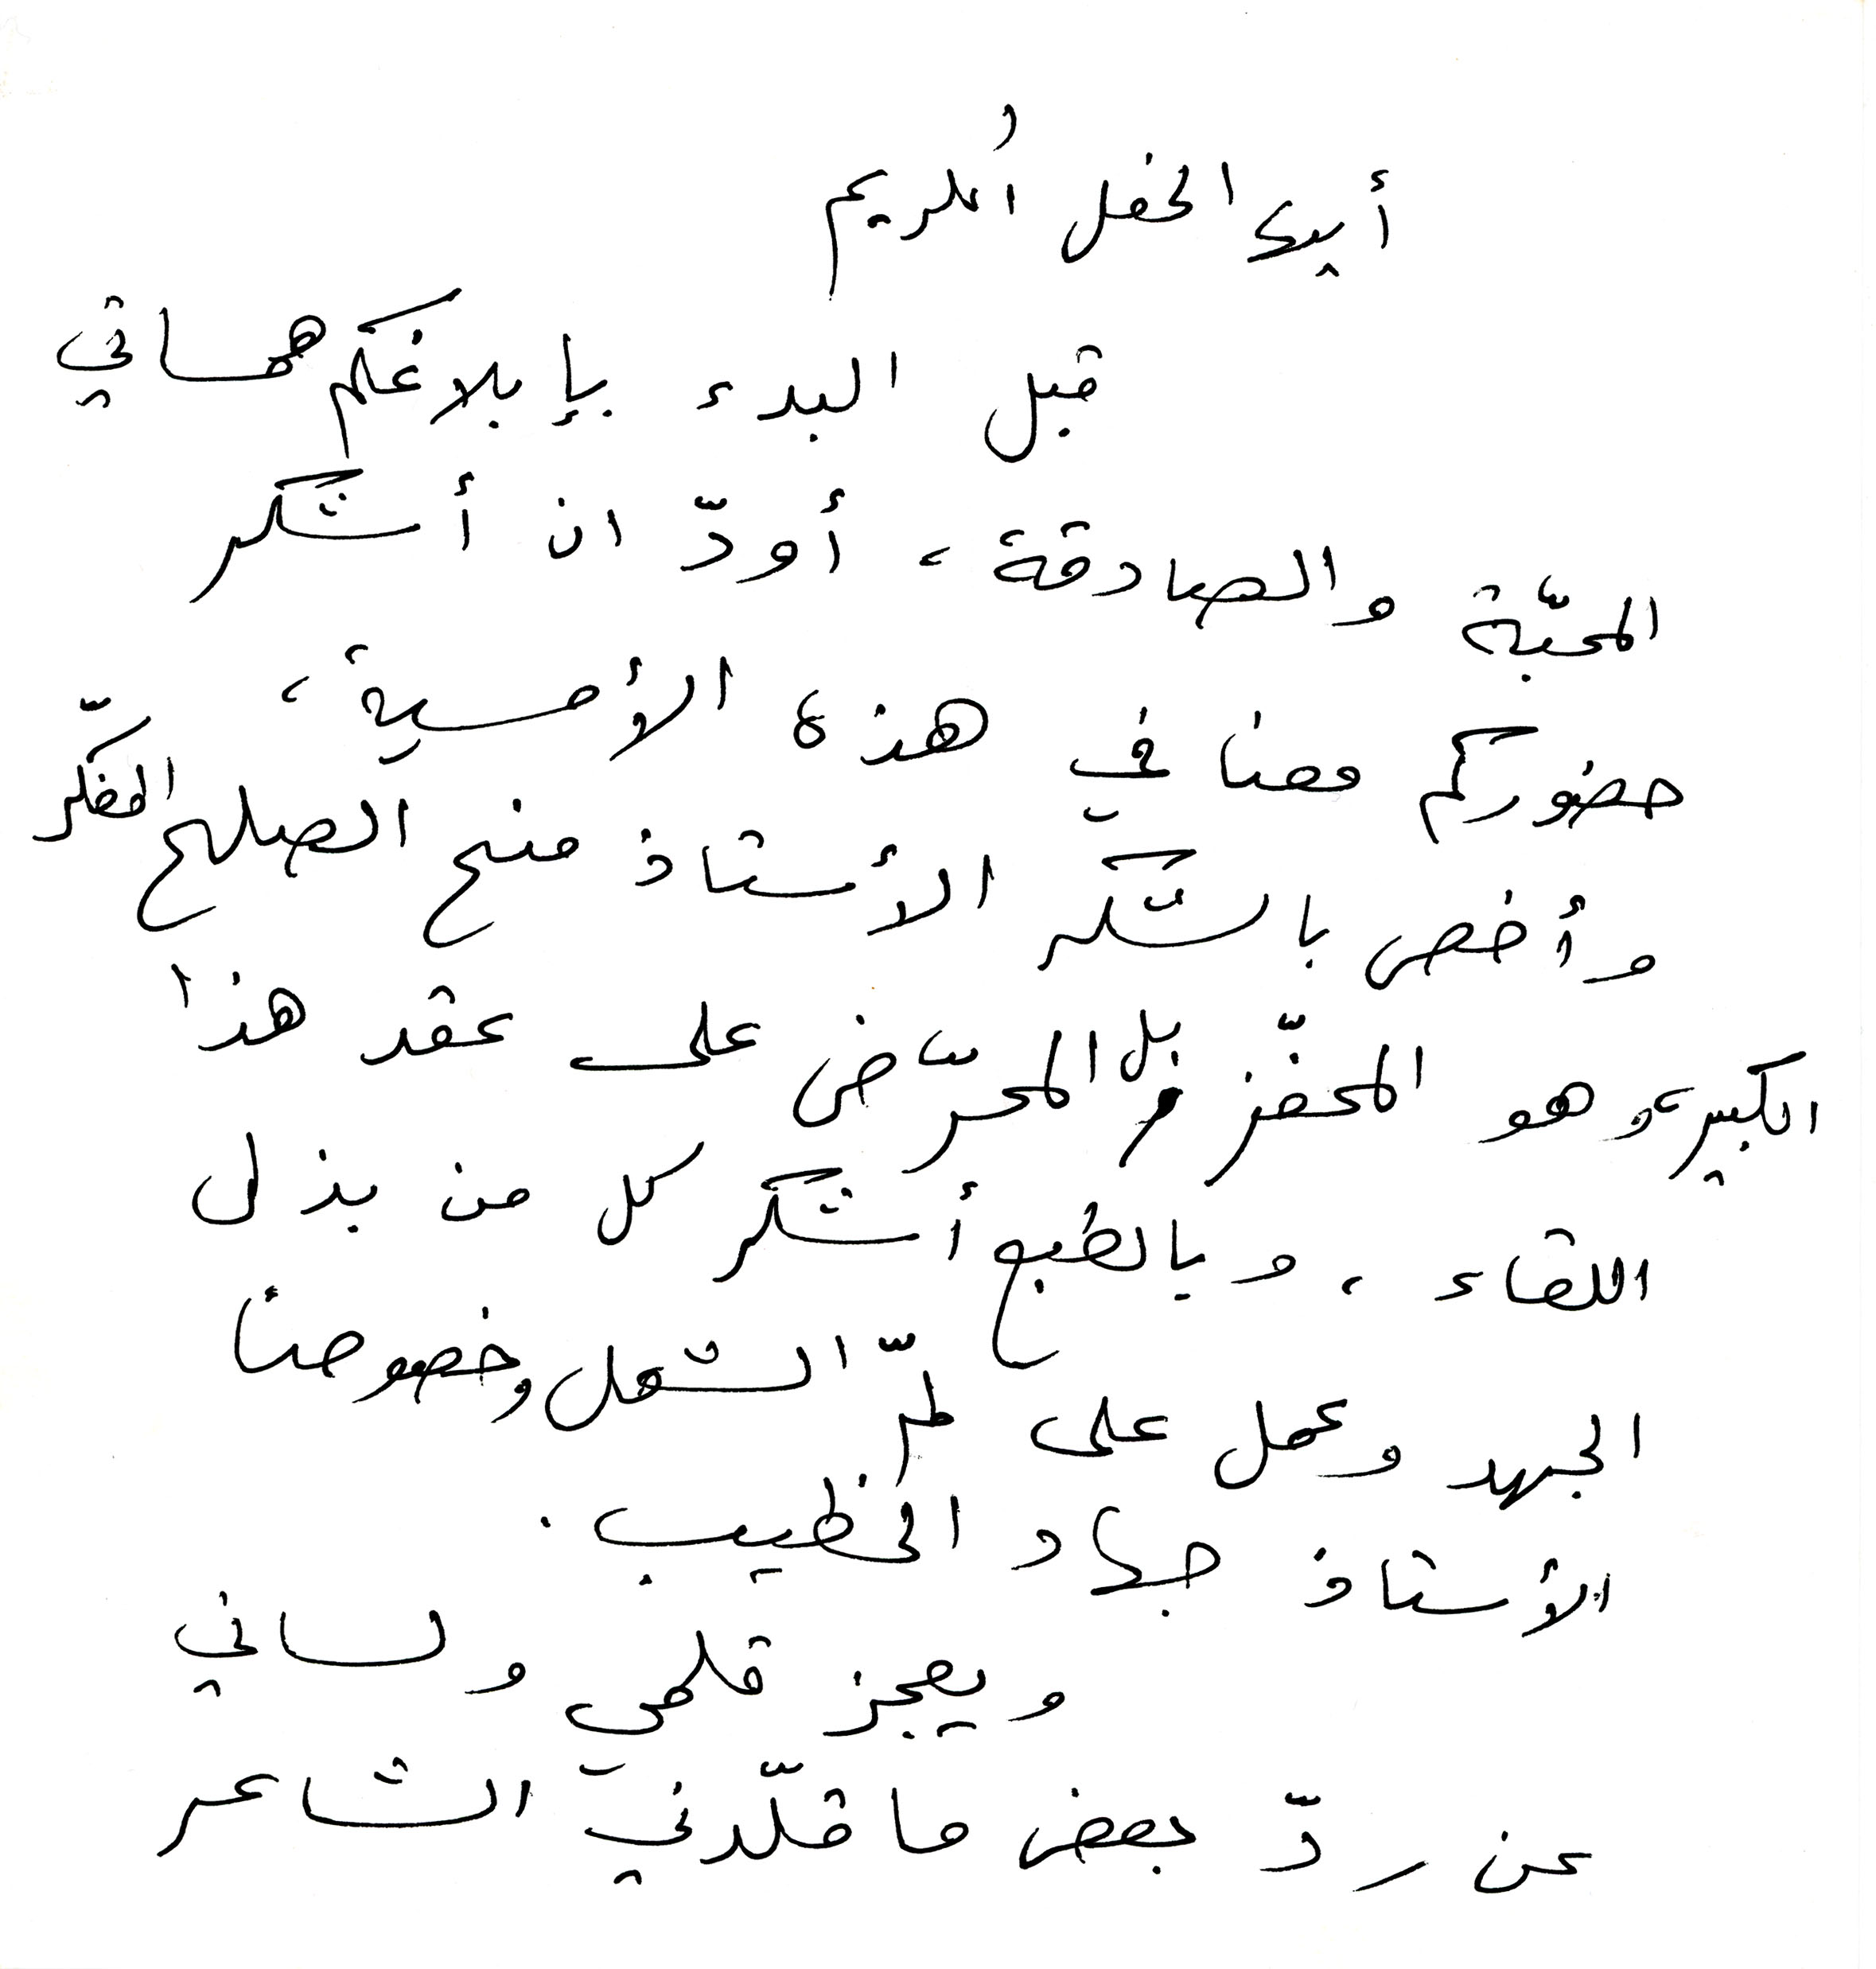
أيها الحفل الكريم
قبل البدء بإبلاغكم همساتي
المحبّة والصادقة، أودّ ان أشكر
حضوركم معنا في هذه الأمسية،
وأخص بالشكر الأستاذ منح الصلح المفكّر
الكبير، وهو المحفّز بل المحرّض على عقد هذا
اللقاء ، وبالطبع أشكر كل من بذل
الجهد وعمل على لمّ الشمل وخصوصاً
الأستاذ جهاد الخطيب.
ويعجز قلمي ولساني
عن ردّ بعض ما قلّدني الشاعر